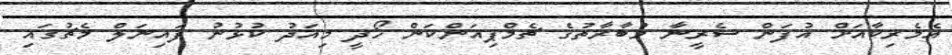
އެމެރިކާއަށް އުފަން ސެރީނާ މުބާރާތުގެ ޗެމްޕިއަންކަން ހޯދީ މިއަދު ކުޅުނު ފައިނަލް މެޗުގައި